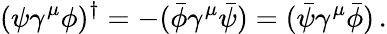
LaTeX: (\psi\gamma^{\mu}\phi)^{\dagger}=-(\bar{\phi}\gamma^{\mu}\bar{\psi})=(\bar{\psi}\gamma^{\mu}\bar{\phi})\, .